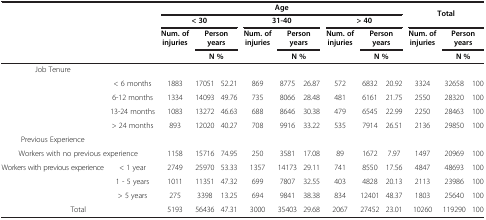
<table><thead><tr><td rowspan="3" colspan="2"><b> </b></td><td colspan="9"><b>Age</b></td><td rowspan="2" colspan="3"><b>Total</b></td></tr><tr><td colspan="3"><b>&lt; 30</b></td><td colspan="3"><b>31-40</b></td><td colspan="3"><b>&gt; 40</b></td></tr><tr><td rowspan="2"><b>Num. of injuries</b></td><td colspan="2"><b>Person years</b></td><td rowspan="2"><b>Num. of injuries</b></td><td colspan="2"><b>Person years</b></td><td rowspan="2"><b>Num. of injuries</b></td><td colspan="2"><b>Person years</b></td><td><b>Num. of injuries</b></td><td colspan="2"><b>Person years</b></td></tr><tr><td><b> </b></td><td><b> </b></td><td colspan="2"><b>N %</b></td><td colspan="2"><b>N %</b></td><td colspan="2"><b>N %</b></td><td><b> </b></td><td colspan="2"><b>N %</b></td></tr></thead><tbody><tr><td>Job Tenure</td><td> </td><td> </td><td> </td><td> </td><td> </td><td> </td><td> </td><td> </td><td> </td><td> </td><td> </td><td> </td><td> </td></tr><tr><td rowspan="4"> </td><td>&lt; 6 months</td><td>1883</td><td>17051</td><td>52.21</td><td>869</td><td>8775</td><td>26.87</td><td>572</td><td>6832</td><td>20.92</td><td>3324</td><td>32658</td><td>100</td></tr><tr><td>6-12 months</td><td>1334</td><td>14093</td><td>49.76</td><td>735</td><td>8066</td><td>28.48</td><td>481</td><td>6161</td><td>21.75</td><td>2550</td><td>28320</td><td>100</td></tr><tr><td>13-24 months</td><td>1083</td><td>13272</td><td>46.63</td><td>688</td><td>8646</td><td>30.38</td><td>479</td><td>6545</td><td>22.99</td><td>2250</td><td>28463</td><td>100</td></tr><tr><td>&gt; 24 months</td><td>893</td><td>12020</td><td>40.27</td><td>708</td><td>9916</td><td>33.22</td><td>535</td><td>7914</td><td>26.51</td><td>2136</td><td>29850</td><td>100</td></tr><tr><td>Previous Experience</td><td> </td><td> </td><td> </td><td> </td><td> </td><td> </td><td> </td><td> </td><td> </td><td> </td><td> </td><td> </td><td> </td></tr><tr><td colspan="2">Workers with no previous experience</td><td>1158</td><td>15716</td><td>74.95</td><td>250</td><td>3581</td><td>17.08</td><td>89</td><td>1672</td><td>7.97</td><td>1497</td><td>20969</td><td>100</td></tr><tr><td rowspan="3">Workers with previous experience</td><td>&lt; 1 year</td><td>2749</td><td>25970</td><td>53.33</td><td>1357</td><td>14173</td><td>29.11</td><td>741</td><td>8550</td><td>17.56</td><td>4847</td><td>48693</td><td>100</td></tr><tr><td>1 - 5 years</td><td>1011</td><td>11351</td><td>47.32</td><td>699</td><td>7807</td><td>32.55</td><td>403</td><td>4828</td><td>20.13</td><td>2113</td><td>23986</td><td>100</td></tr><tr><td>&gt; 5 years</td><td>275</td><td>3398</td><td>13.25</td><td>694</td><td>9841</td><td>38.38</td><td>834</td><td>12401</td><td>48.37</td><td>1803</td><td>25640</td><td>100</td></tr><tr><td colspan="2">Total</td><td>5193</td><td>56436</td><td>47.31</td><td>3000</td><td>35403</td><td>29.68</td><td>2067</td><td>27452</td><td>23.01</td><td>10260</td><td>119290</td><td>100</td></tr></tbody></table>